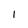
Character: l